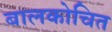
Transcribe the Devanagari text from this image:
बालकोचित